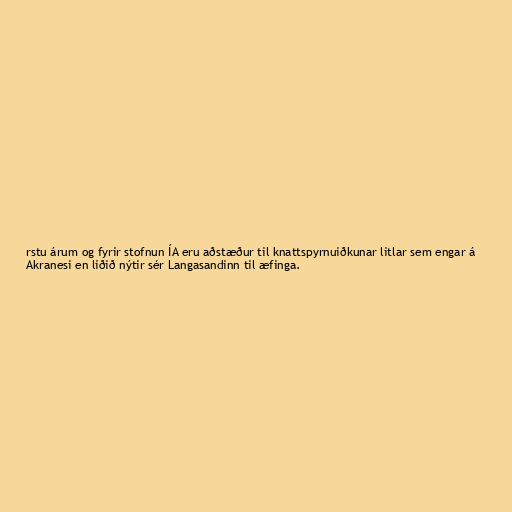
rstu árum og fyrir stofnun ÍA eru aðstæður til knattspyrnuiðkunar litlar sem engar á
Akranesi en liðið nýtir sér Langasandinn til æfinga.